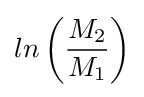
ln\left({\frac {M_{2}}{M_{1}}}\right)